Lunatic asylums Central Provinces reports 1910-1926 - 1910-1926
Year: 1910
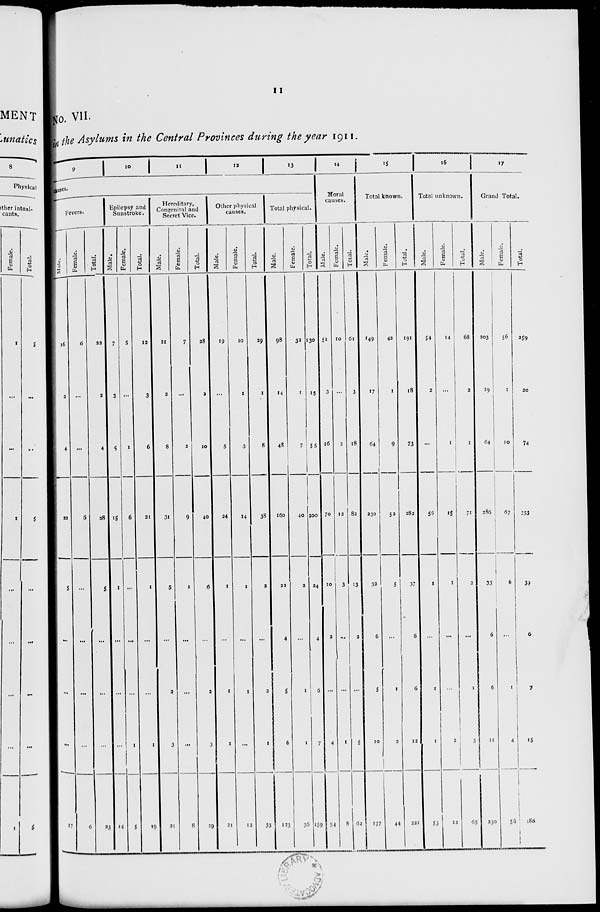
11
No. VII.
in the Asylums in the Central Provinces during the year 1911.
9
10
11
12
13
causes.
Fevers.
Male.
16
2
4
22
5
...
...
...
17
Female.
6
...
...
6
...
...
...
...
6
Total.
22
2
4
28
5
...
...
...
23
Epilepsy and
Sunstroke.
Male.
7
3
5
15
1
...
...
...
14
Female.
5
...
1
6
...
...
...
1
5
Total.
12
3
6
21
1
...
...
1
19
Hereditary,
Congenital and
Secret Vice.
Male.
21
2
8
31
5
...
2
3
21
Female.
7
...
2
9
1
...
...
...
8
Total.
28
2
10
40
6
...
2
3
29
Other physical
causes.
Male.
19
...
5
24
1
...
1
1
21
Female.
10
1
3
14
1
...
1
...
12
Total.
29
1
8
38
2
...
2
1
33
Total physical.
Male.
98
14
48
160
22
4
5
6
123
Female.
32
1
7
40
2
...
1
1
36
Total.
130
15
55
200
24
4
6
7
159
14
Moral
causes.
Male.
51
3
16
70
10
2
...
4
54
Female.
10
...
2
12
3
...
...
1
8
Total.
61
3
18
82
13
2
...
5
62
15
Total known.
Male.
149
17
64
230
32
6
5
10
177
Female.
42
1
9
53
5
...
1
2
44
Total.
191
18
73
283
37
6
6
12
221
16
Total unknown.
Male.
54
2
...
56
1
...
1
1
53
Female.
14
...
1
15
1
...
...
2
12
Total.
68
2
1
71
2
...
1
3
65
17
Grand Total.
Male.
203
19
64
286
33
6
6
11
230
Female.
56
1
10
67
6
...
1
4
56
Total.
259
20
74
353
39
6
7
15
286